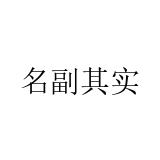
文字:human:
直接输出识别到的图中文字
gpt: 名副其实